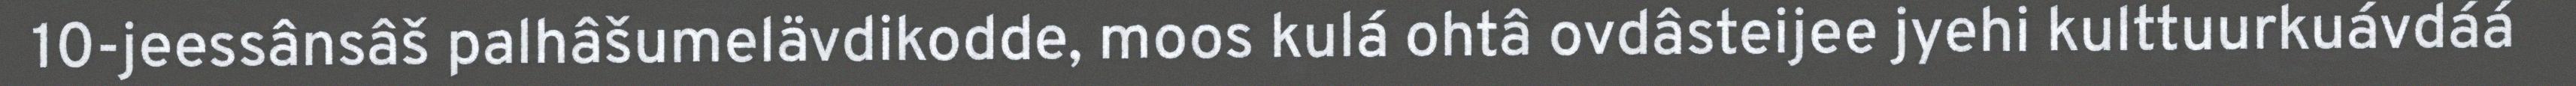
10-jeessânsâš palhâšumelävdikodde, moos kulá ohtâ ovdâsteijee jyehi kulttuurkuávdáá